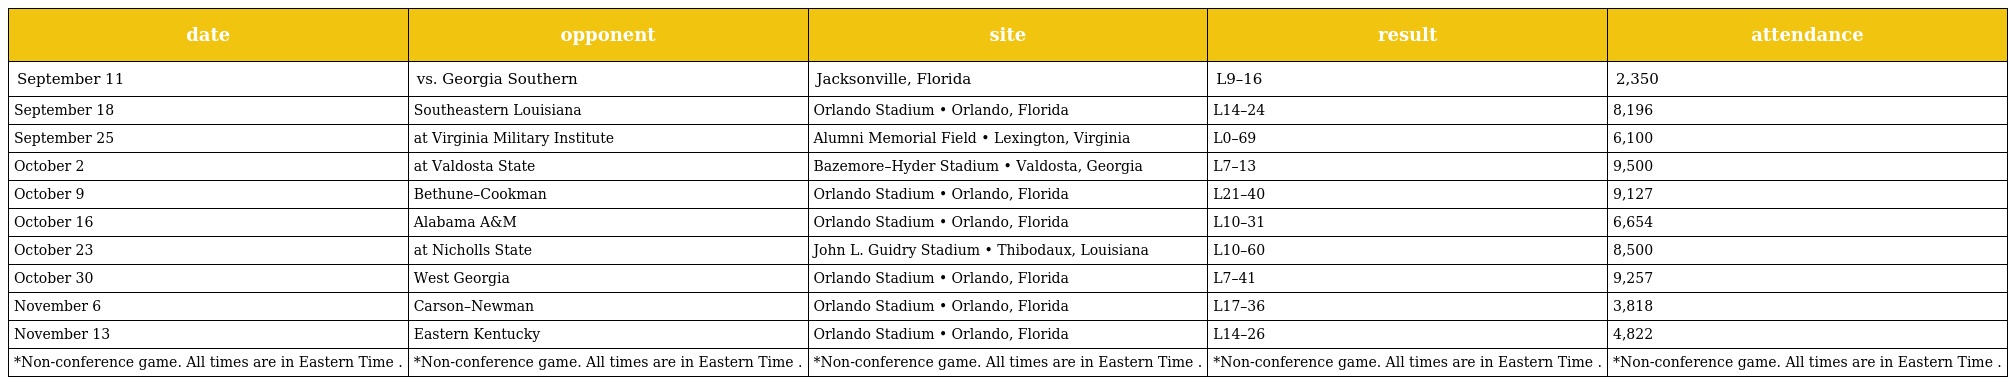
| date | opponent | site | result | attendance |
 | --- | --- | --- | --- | --- |
 | September 11 | vs. Georgia Southern | Jacksonville, Florida | L9–16 | 2,350 |
 | September 18 | Southeastern Louisiana | Orlando Stadium • Orlando, Florida | L14–24 | 8,196 |
 | September 25 | at Virginia Military Institute | Alumni Memorial Field • Lexington, Virginia | L0–69 | 6,100 |
 | October 2 | at Valdosta State | Bazemore–Hyder Stadium • Valdosta, Georgia | L7–13 | 9,500 |
 | October 9 | Bethune–Cookman | Orlando Stadium • Orlando, Florida | L21–40 | 9,127 |
 | October 16 | Alabama A&M | Orlando Stadium • Orlando, Florida | L10–31 | 6,654 |
 | October 23 | at Nicholls State | John L. Guidry Stadium • Thibodaux, Louisiana | L10–60 | 8,500 |
 | October 30 | West Georgia | Orlando Stadium • Orlando, Florida | L7–41 | 9,257 |
 | November 6 | Carson–Newman | Orlando Stadium • Orlando, Florida | L17–36 | 3,818 |
 | November 13 | Eastern Kentucky | Orlando Stadium • Orlando, Florida | L14–26 | 4,822 |
 | *Non-conference game. All times are in Eastern Time . | *Non-conference game. All times are in Eastern Time . | *Non-conference game. All times are in Eastern Time . | *Non-conference game. All times are in Eastern Time . | *Non-conference game. All times are in Eastern Time . |